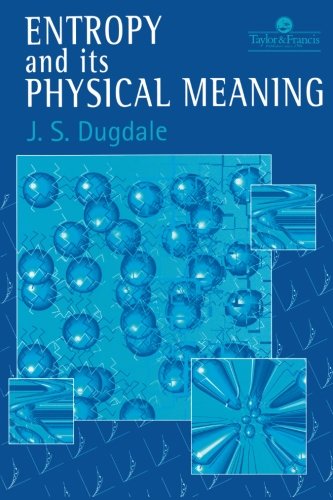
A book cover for Entropy And Its Physical Meaning, 2nd Edition; J. S. Dugdale; Science & Math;